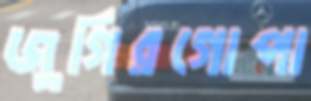
জুগিরগোপা